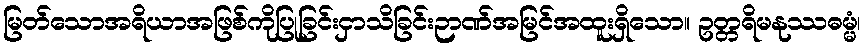
မြတ်သောအရိယာအဖြစ်ကိုပြုခြင်းငှာသိခြင်းဉာဏ်အမြင်အထူးရှိသော။ ဥတ္တရိမနုဿဓမ္မံ၊